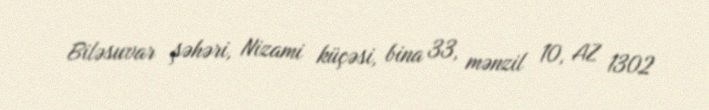
Biləsuvar şəhəri, Nizami küçəsi, bina 33, mənzil 10, AZ 1302